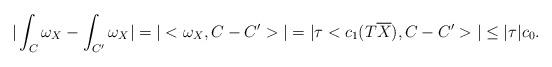
LaTeX: \begin{align*} |\int_C \omega_X - \int_{C'} \omega_X|= |<\omega_X, C-C'>|= |\tau <c_1(T\overline{X}), C-C'>| \le |\tau| c_0.\end{align*}